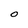
Character: O